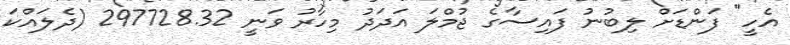
އެހީ" ފަންޑަށް ލިބުނު ފައިސާގެ ޖުމްލަ އަދަދު މިހާރު ވަނީ 297728.32 (ދެލައްކަ